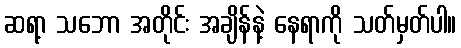
ဆရာ့ သဘော အတိုင်း အချိန်နဲ့ နေရာကို သတ်မှတ်ပါ။